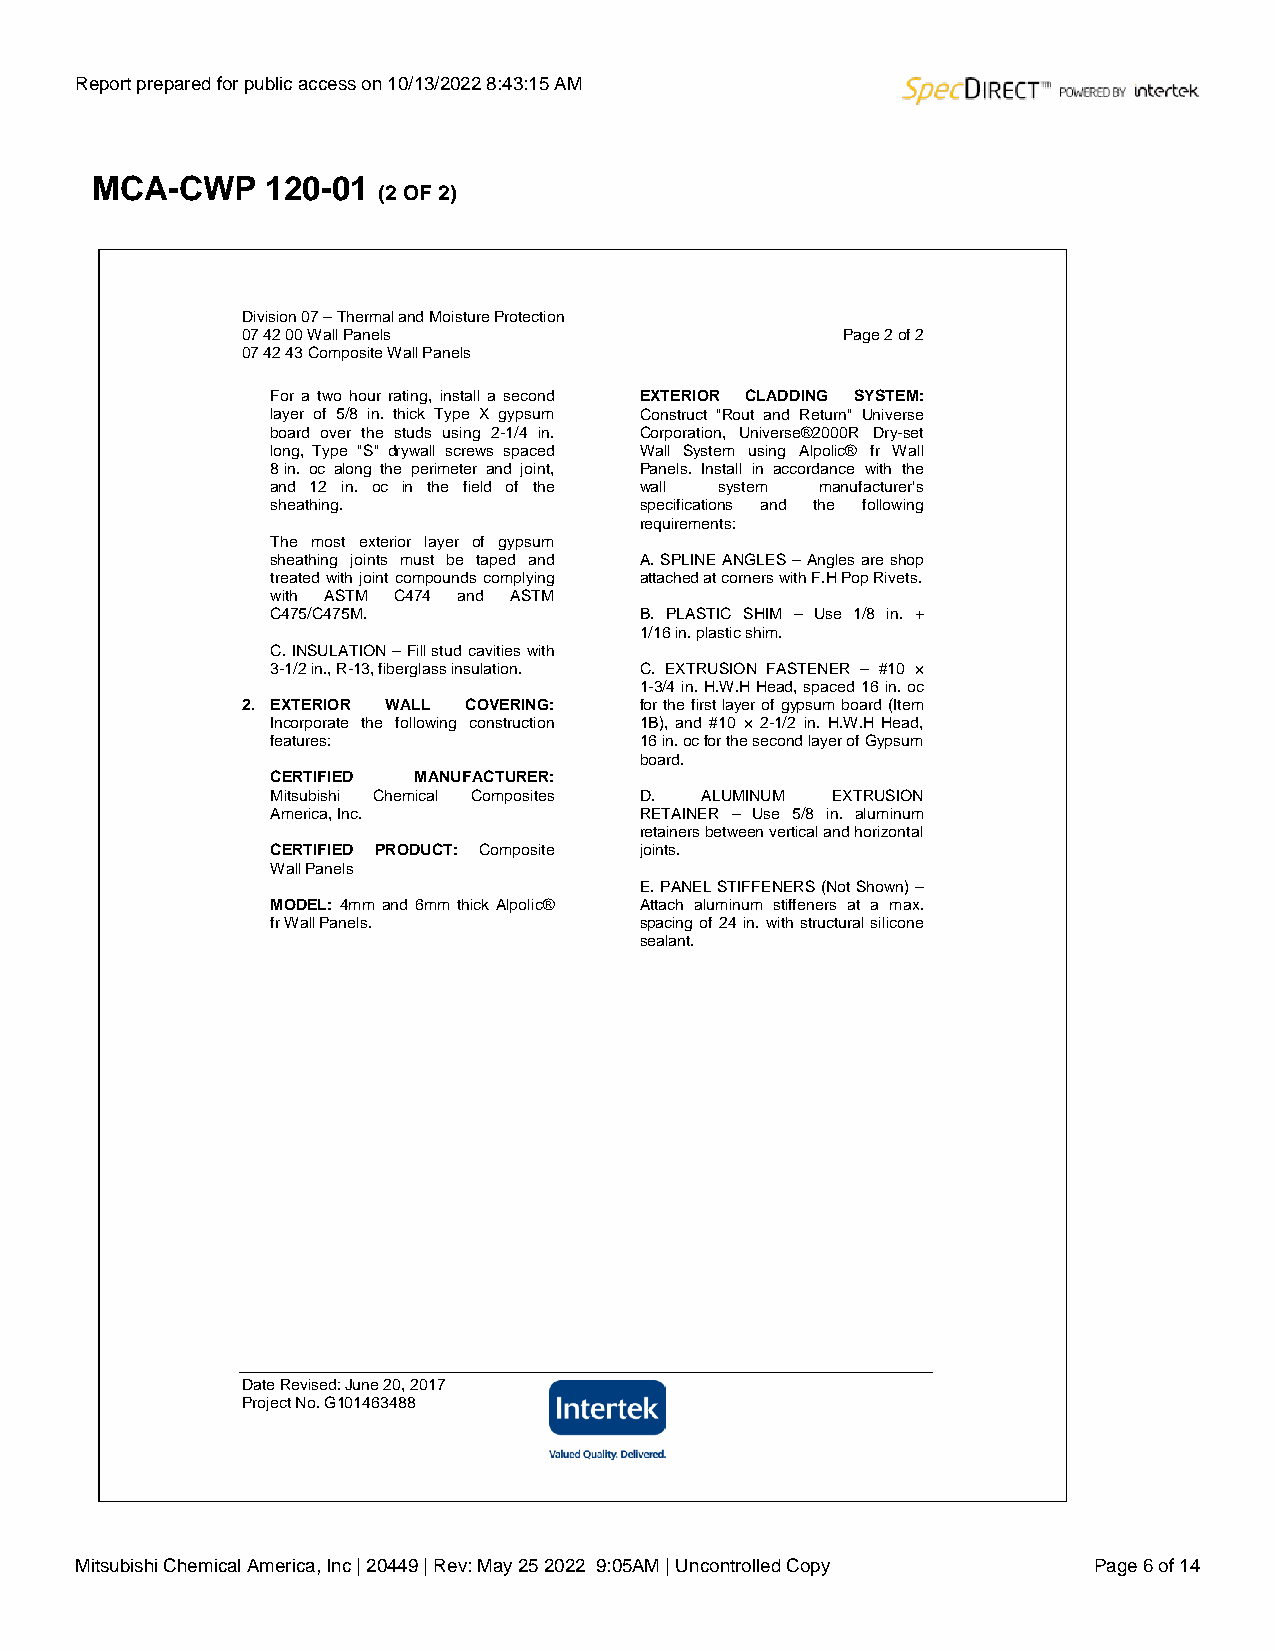
Report prepared for public access on 10/13/2022 8:43:15 AM
 MCA-CWP     120-01
 (2 OF 2)
 Division 07 – Thermal and Moisture Protection
 07 42 00 Wall Panels                    Page 2 of 2
 07 42 43 Composite Wall Panels
 For a two hour rating, install a second EXTERIOR CLADDING SYSTEM:
 layer of 5/8 in. thick Type X gypsum Construct "Rout and Return" Universe
 board over the studs using 2-1/4 in. Corporation, Universe®2000R Dry-set
 long, Type "S" drywall screws spaced Wall System using Alpolic® fr Wall
 8 in. oc along the perimeter and joint, Panels. Install in accordance with the
 and 12 in. oc in the field of the wall system manufacturer’s
 sheathing.              specifications and the following
 requirements:
 The most exterior layer of gypsum
 sheathing joints must be taped and A. SPLINE ANGLES – Angles are shop
 treated with joint compounds complying attached at corners with F.H Pop Rivets.
 with ASTM C474 and ASTM
 C475/C475M.             B. PLASTIC SHIM – Use 1/8 in. +
 1/16 in. plastic shim.
 C. INSULATION – Fill stud cavities with
 3-1/2 in., R-13, fiberglass insulation. C. EXTRUSION FASTENER – #10 ×
 1-3/4 in. H.W.H Head, spaced 16 in. oc
 2. EXTERIOR WALL COVERING: for the first layer of gypsum board (Item
 Incorporate the following construction 1B), and #10 × 2-1/2 in. H.W.H Head,
 features:               16 in. oc for the second layer of Gypsum
 board.
 CERTIFIED MANUFACTURER:
 Mitsubishi Chemical Composites D. ALUMINUM EXTRUSION
 America, Inc.           RETAINER – Use 5/8 in. aluminum
 retainers between vertical and horizontal
 CERTIFIED PRODUCT: Composite joints.
 Wall Panels
 E. PANEL STIFFENERS (Not Shown) –
 MODEL: 4mm and 6mm thick Alpolic® Attach aluminum stiffeners at a max.
 fr Wall Panels.         spacing of 24 in. with structural silicone
 sealant.
 Date Revised: June 20, 2017
 Project No. G101463488
 Mitsubishi Chemical America, Inc | 20449 | Rev: May 25 2022 9:05AM | Uncontrolled Copy Page 6 of 14